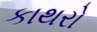
કાથરો